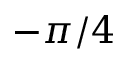
- \pi / 4